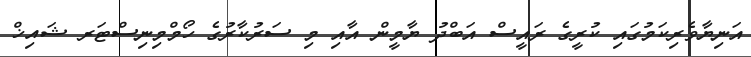
އަނިޔާވެރިކަމުގައި ކުރީގެ ރައީސް އަބްދު ޔާމީން އާއި މި ސަރުކާރުގެ ހޯމްމިނިސްޓަރ ޝައިޚް